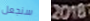
سنجعل 2018